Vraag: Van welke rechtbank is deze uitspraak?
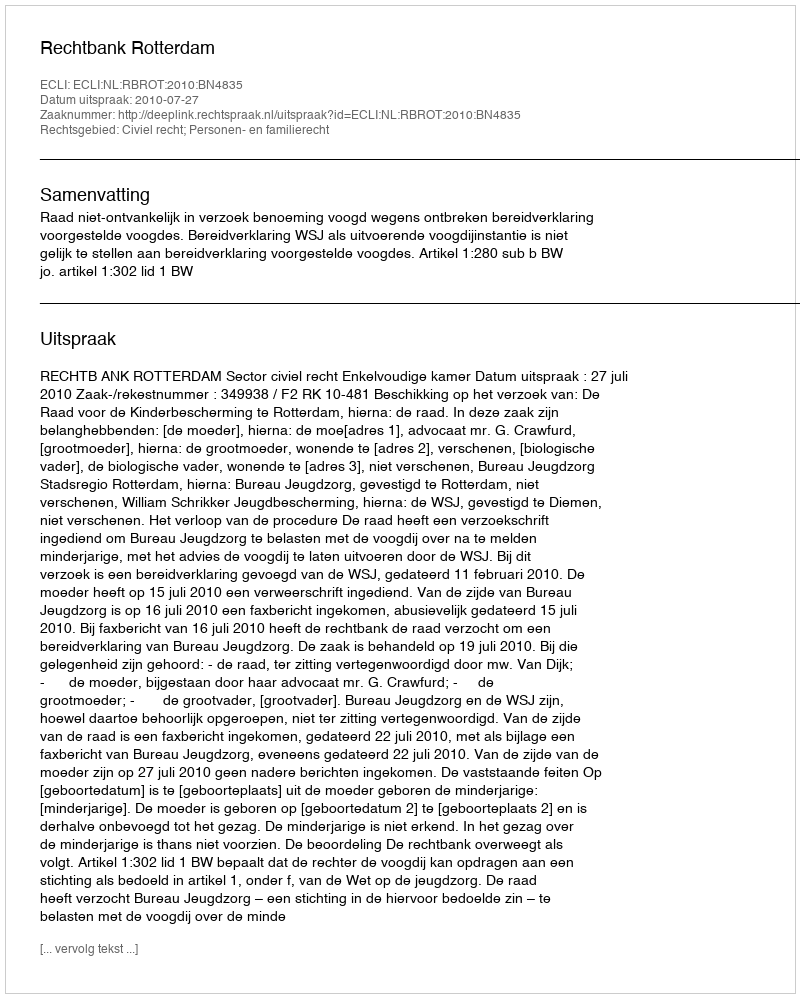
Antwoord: Rechtbank Rotterdam